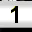
Digit: 1